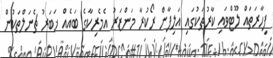
ފިހާރަތައް ލޫޓްވައި ކާރުތަކުގައި އަލިފާން ރޯކުރާ މަންޒަރު އެމެރިކާގެ ބައެއް ޚަބަރު ޗެނަލްތަކުން